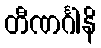
တီဏင်္ဂါနိ